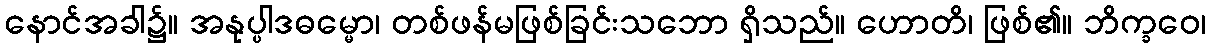
နောင်အခါ၌။ အနုပ္ပါဒဓမ္မော၊ တစ်ဖန်မဖြစ်ခြင်းသဘော ရှိသည်။ ဟောတိ၊ ဖြစ်၏။ ဘိက္ခဝေ၊